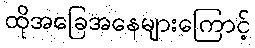
ထိုအခြေအနေများကြောင့်